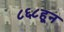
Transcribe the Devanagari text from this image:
८६८हून